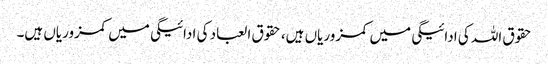
حقوق اللہ کی ادائیگی میں کمزوریاں ہیں، حقوق العباد کی ادائیگی میں کمزوریاں ہیں۔